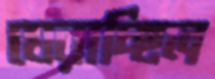
ঘেরাচ্ছিল